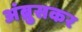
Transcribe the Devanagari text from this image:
अंब्रुसकर